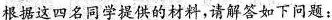
根据这四名同学提供的材料，请解答如下问题：